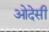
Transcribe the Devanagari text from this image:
ओदेसी